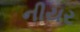
નીયર